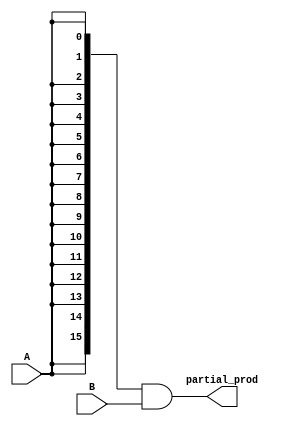
module partial_product_calc(A, B, partial_prod
	);

	// Defining bit-length parameter
	parameter n = 16;

	// Assigning ports as in/out
	input A;
	input [n-1:0] B;
	output [n-1:0] partial_prod;

	assign partial_prod = {n{A}} & B;

endmodule